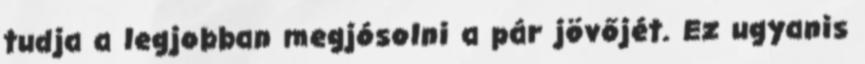
tudja a legjobban megjósolni a pár jövőjét. Ez ugyanis